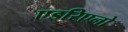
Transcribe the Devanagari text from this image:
एडरिएनो